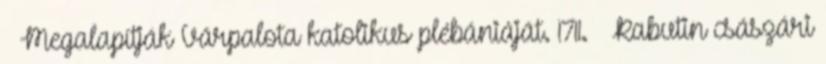
– Megalapítják Várpalota katolikus plébániáját. 1711. – Rabutin császári